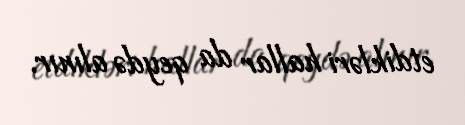
etdikləri hallar da qeydə alınır.